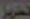
تقرير